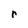
Character: r